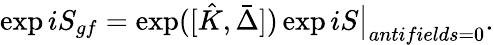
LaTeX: \exp iS_{gf}=\exp([\hat{K},\bar{\Delta}])\exp iS\big\vert_{antifields=0}.